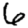
Digit: 6